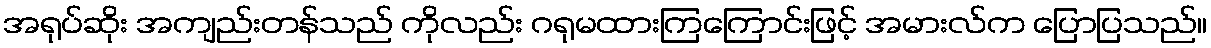
အရုပ်ဆိုး အကျည်းတန်သည် ကိုလည်း ဂရုမထားကြကြောင်းဖြင့် အမားလ်က ပြောပြသည်။